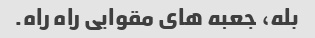
بله، جعبه های مقوایی راه راه.